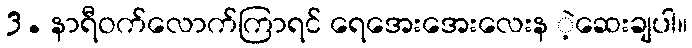
3. နာရီဝက်လောက်ကြာရင် ရေအေးအေးလေးန ဲ့ဆေးချပါ။